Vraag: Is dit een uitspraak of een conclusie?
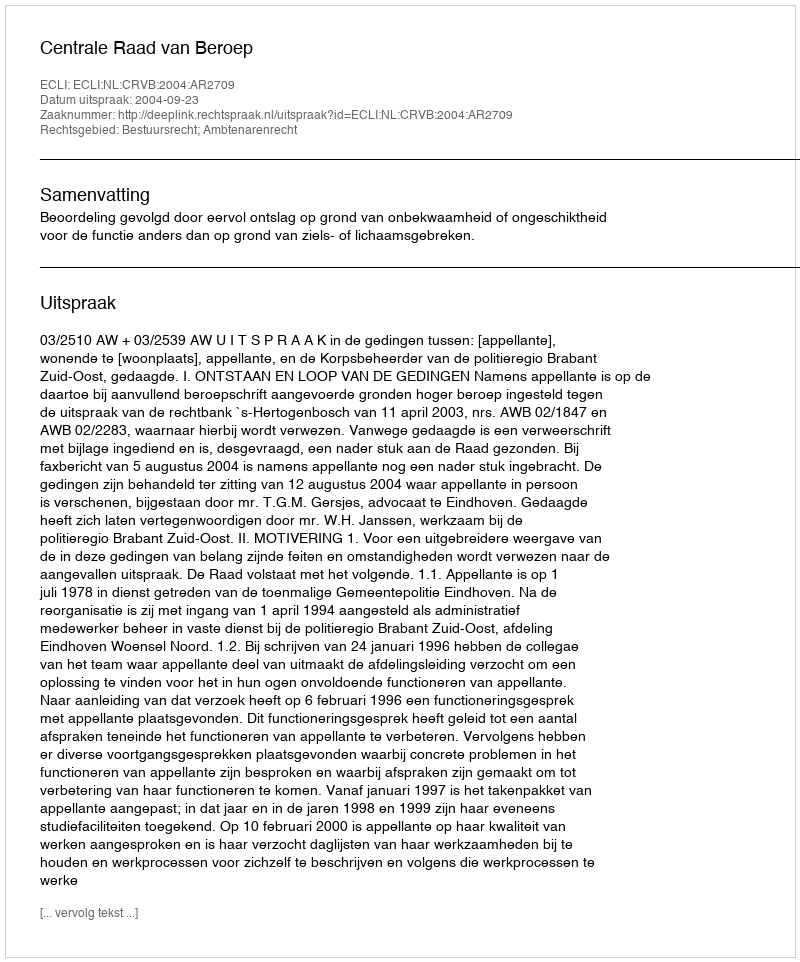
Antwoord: Uitspraak